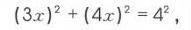
\((3x)^{2}+(4x)^{2}=4^{2}\)